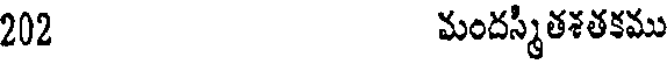
202 మందస్మితశతకము